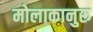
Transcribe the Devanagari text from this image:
मोलाकानुरू